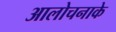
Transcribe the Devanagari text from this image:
आलोचनाके